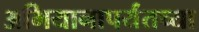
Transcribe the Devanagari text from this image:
अभियानापर्यंतच्या